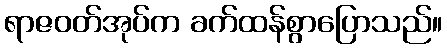
ရာဇဝတ်အုပ်က ခက်ထန်စွာပြောသည်။